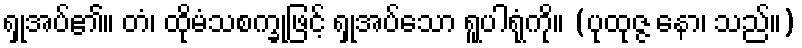
ရှုအပ်၏။ တံ၊ ထိုမံသစက္ခုဖြင့် ရှုအပ်သော ရူပါရုံကို။ (ပုထုဇ္ဇ နော၊ သည်။)